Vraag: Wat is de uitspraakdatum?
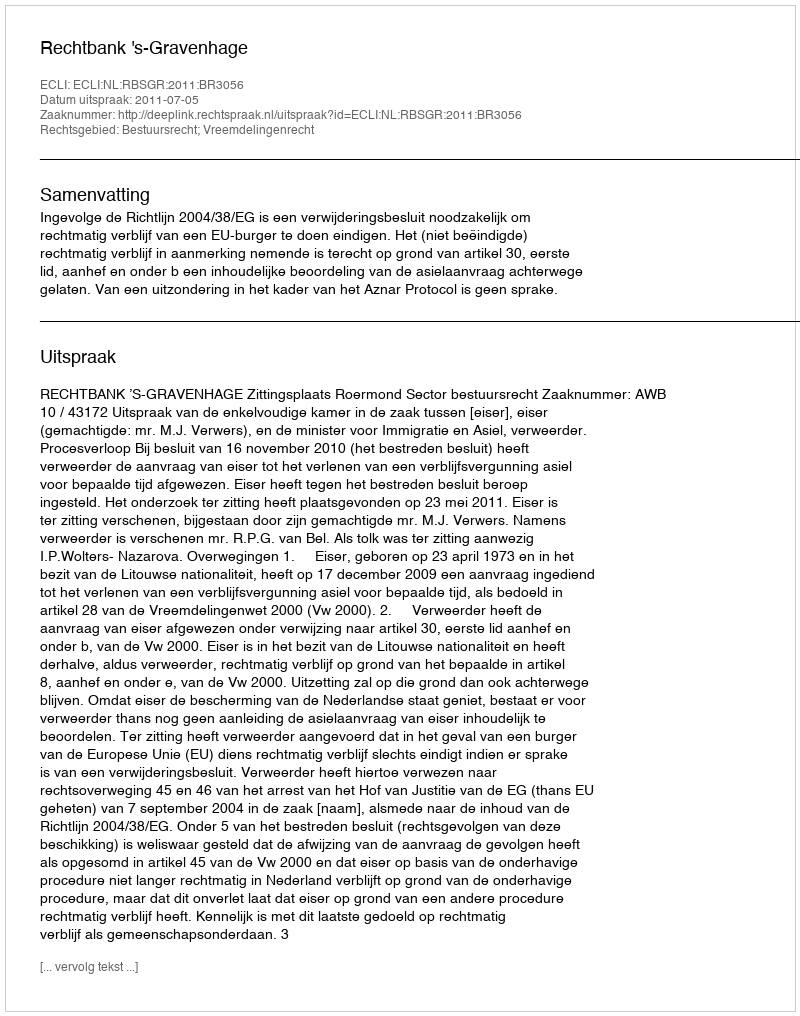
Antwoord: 2011-07-05